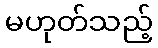
မဟုတ်သည့်